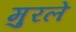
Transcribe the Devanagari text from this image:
मुरले